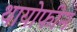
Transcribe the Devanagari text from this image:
थायोफीन